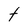
Character: t